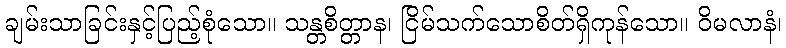
ချမ်းသာခြင်းနှင့်ပြည့်စုံသော။ သန္တစိတ္တာန၊ ငြိမ်သက်သောစိတ်ရှိကုန်သော။ ဝိမလာနံ၊